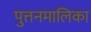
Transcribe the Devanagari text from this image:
पुत्तनमालिका